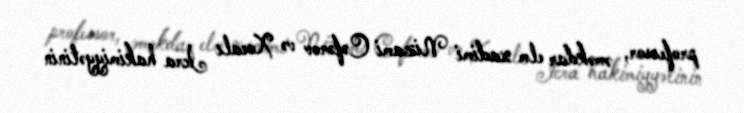
professor, əməkdar elm xadimi Nizami Cəfərov və Xocalı İcra hakimiyyətinin